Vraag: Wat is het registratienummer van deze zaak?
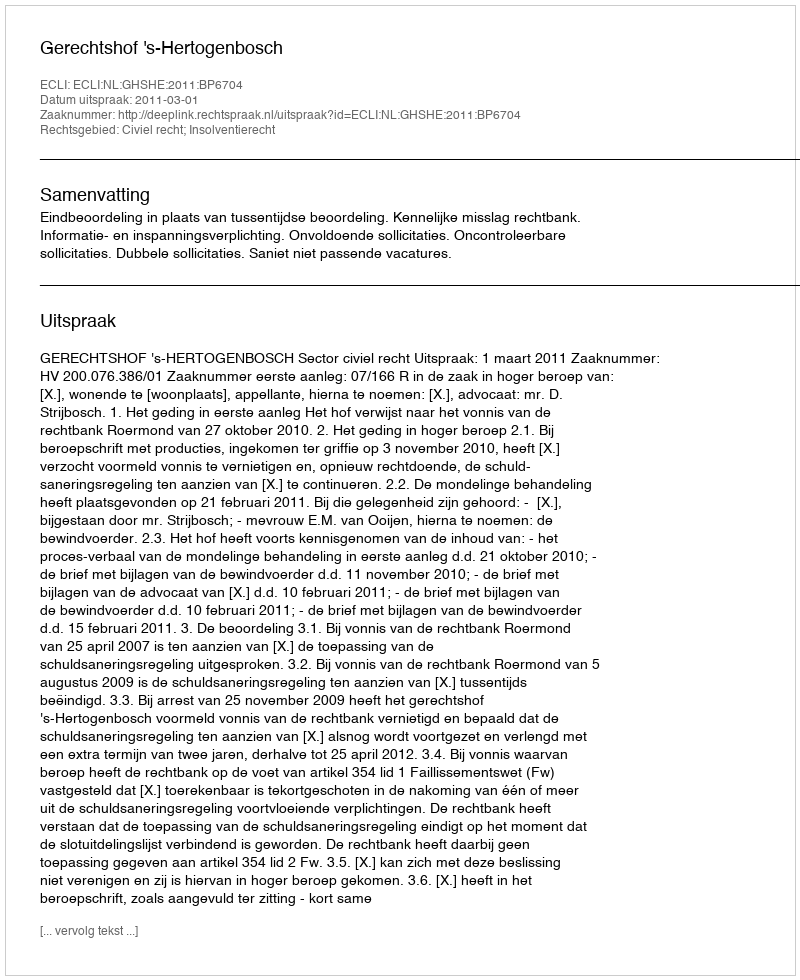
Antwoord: http://deeplink.rechtspraak.nl/uitspraak?id=ECLI:NL:GHSHE:2011:BP6704